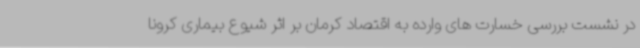
در نشست بررسی خسارت های وارده به اقتصاد کرمان بر اثر شیوع بیماری کرونا